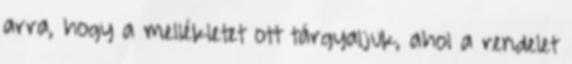
arra, hogy a mellékletet ott tárgyaljuk, ahol a rendelet